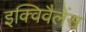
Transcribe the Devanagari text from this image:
इक्विवैलेंस